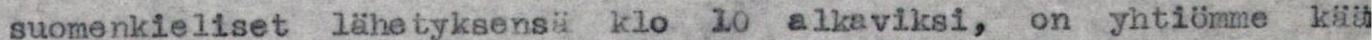
suomenkieliset lähetyksensä klo 10 alkaviksi, on yhtiömme kää